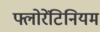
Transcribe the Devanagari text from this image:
फ्लोरेंटिनियम